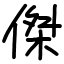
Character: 傑